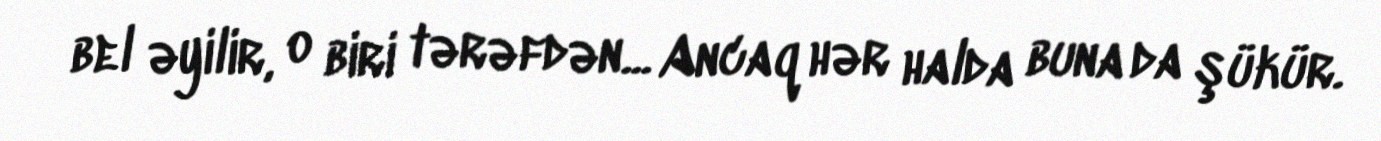
bel əyilir, o biri tərəfdən... Ancaq hər halda buna da şükür.